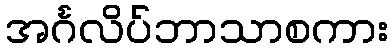
အင်္ဂလိပ်ဘာသာစကား